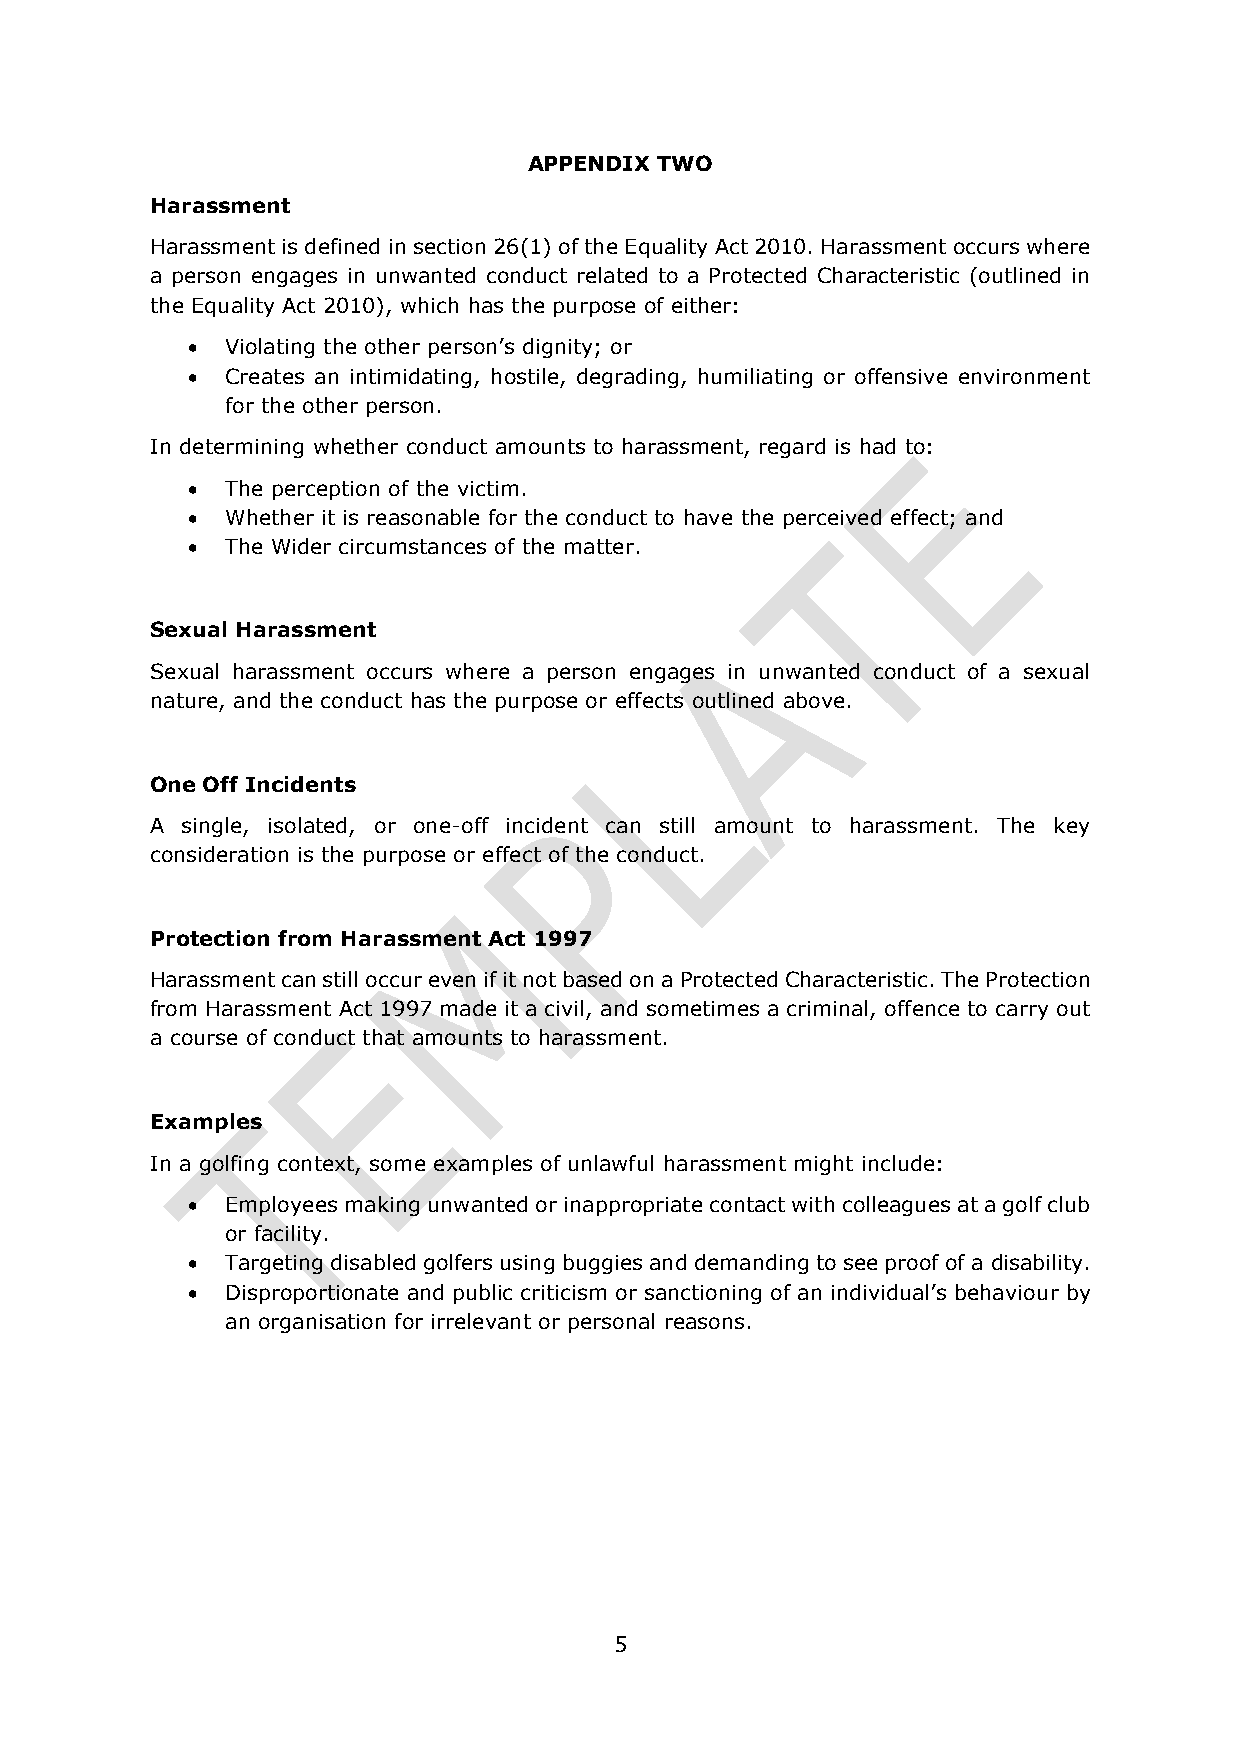
APPENDIX TWO
 Harassment
 Harassment is defined in section 26(1) of the Equality Act 2010. Harassment occurs where
 a person engages in unwanted conduct related to a Protected Characteristic (outlined in
 the Equality Act 2010), which has the purpose of either:
 •  Violating the other person’s dignity; or
 •  Creates an intimidating, hostile, degrading, humiliating or offensive environment
 for the other person.
 In determining whether conduct amounts to harassment, regard is had to:
 •  The perception of the victim.
 •  Whether it is reasonable for the conduct to have the perceived effect; and
 •  The Wider circumstances of the matter.
 Sexual Harassment
 Sexual harassment occurs where a person engages in unwanted conduct of a sexual
 nature, and the conduct has the purpose or effects outlined above.
 One Off Incidents
 A single, isolated, or one-off incident can still amount to harassment. The key
 consideration is the purpose or effect of the conduct.
 Protection from Harassment Act 1997
 Harassment can still occur even if it not based on a Protected Characteristic. The Protection
 from Harassment Act 1997 made it a civil, and sometimes a criminal, offence to carry out
 a course of conduct that amounts to harassment.
 Examples
 In a golfing context, some examples of unlawful harassment might include:
 •  Employees making unwanted or inappropriate contact with colleagues at a golf club
 or facility.
 •  Targeting disabled golfers using buggies and demanding to see proof of a disability.
 •  Disproportionate and public criticism or sanctioning of an individual’s behaviour by
 an organisation for irrelevant or personal reasons.
 5